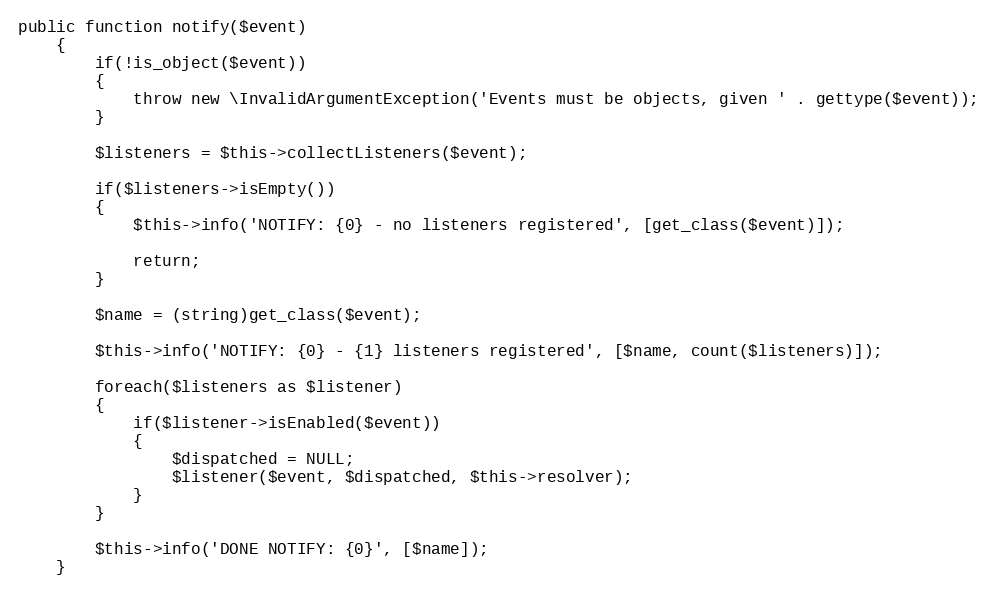
Language: PHP
public function notify($event)
	{
		if(!is_object($event))
		{
			throw new \InvalidArgumentException('Events must be objects, given ' . gettype($event));
		}

		$listeners = $this->collectListeners($event);

		if($listeners->isEmpty())
		{
			$this->info('NOTIFY: {0} - no listeners registered', [get_class($event)]);

			return;
		}

		$name = (string)get_class($event);

		$this->info('NOTIFY: {0} - {1} listeners registered', [$name, count($listeners)]);

		foreach($listeners as $listener)
		{
			if($listener->isEnabled($event))
			{
				$dispatched = NULL;
				$listener($event, $dispatched, $this->resolver);
			}
		}

		$this->info('DONE NOTIFY: {0}', [$name]);
	}